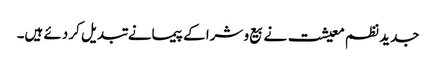
جدید نظم معیشت نے بیع و شرا کے پیمانے تبدیل کر دئے ہیں۔